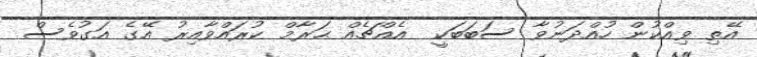
އޭތި ވިއްކުން ހުއްދަނުވާ ސަބަބަކީ  އެއްޗެއް ޙަރާމް ކުރައްވާއިރު އޭގެ އަގުވެސް